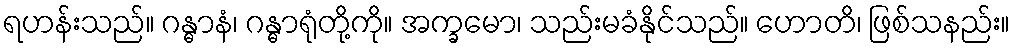
ရဟန်းသည်။ ဂန္ဓာနံ၊ ဂန္ဓာရုံတို့ကို။ အက္ခမော၊ သည်းမခံနိုင်သည်။ ဟောတိ၊ ဖြစ်သနည်း။